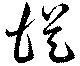
従